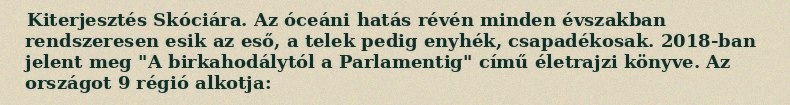
Kiterjesztés Skóciára. Az óceáni hatás révén minden évszakban rendszeresen esik az eső, a telek pedig enyhék, csapadékosak. 2018-ban jelent meg "A birkahodálytól a Parlamentig" című életrajzi könyve. Az országot 9 régió alkotja: